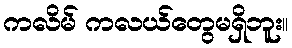
ကလိမ် ကလယ်တွေမရှိဘူး။